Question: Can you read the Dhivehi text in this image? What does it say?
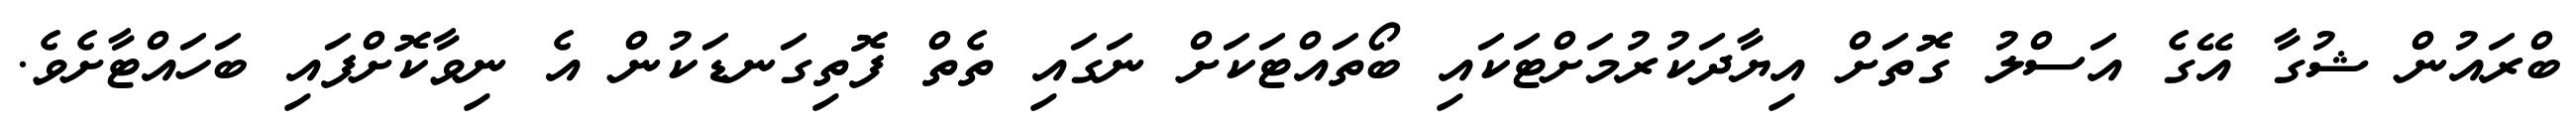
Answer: ބްރައުން ޝުގާ އޭގެ އަސްލު ގޮތަށް އިޔާދަކުރުމަށްޓަކައި ބޯތައްޓަކަށް ނަގައި ތެތް ފޮތިގަނޑަކުން އެ ނިވާކޮށްފައި ބަހައްޓާށެވެ.